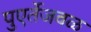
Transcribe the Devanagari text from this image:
पुएर्तेजवळ